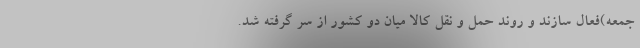
جمعه)فعال سازند و روند حمل و نقل کالا میان دو کشور از سر گرفته شد.